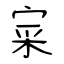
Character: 寀